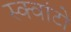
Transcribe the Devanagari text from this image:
स्क्वांटो